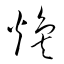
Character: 煥